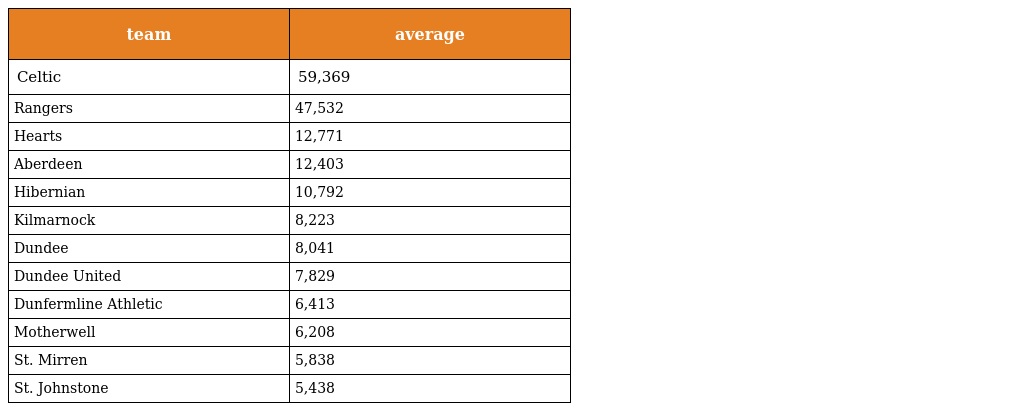
| team | average |
 | --- | --- |
 | Celtic | 59,369 |
 | Rangers | 47,532 |
 | Hearts | 12,771 |
 | Aberdeen | 12,403 |
 | Hibernian | 10,792 |
 | Kilmarnock | 8,223 |
 | Dundee | 8,041 |
 | Dundee United | 7,829 |
 | Dunfermline Athletic | 6,413 |
 | Motherwell | 6,208 |
 | St. Mirren | 5,838 |
 | St. Johnstone | 5,438 |